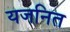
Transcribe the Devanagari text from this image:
यजनित